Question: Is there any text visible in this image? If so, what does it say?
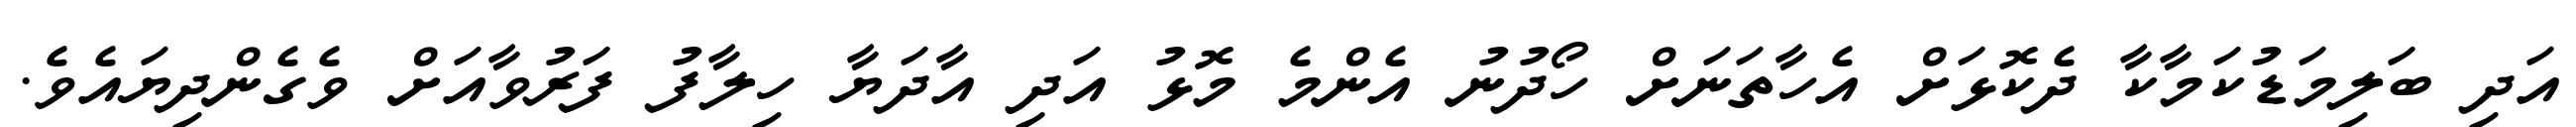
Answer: އަދި ބަލިމަޑުކަމާކާ ދެކޮޅަށް އެހާތަނަށް ހޯދުނު އެންމެ މޮޅު އަދި އާދަޔާ ހިލާފު ފަރުވާއަށް ވެގެންދިޔައެވެ.